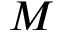
M